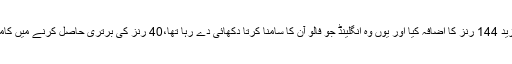
دونوں نے گزشتہ دن کے اسکور میں مزید 144 رنز کا اضافہ کیا اور یوں وہ انگلینڈ جو فالو آن کا سامنا کرتا دکھائی دے رہا تھا،40 رنز کی برتری حاصل کرنے میں کامیاب ہوا اور بلاشبہ میچ بچانے میں بھی۔